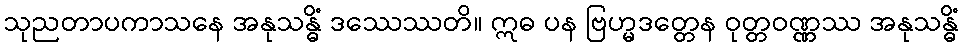
သုညတာပကာသနေ အနုသန္ဓိံ ဒဿေဿတိ။ ဣဓ ပန ဗြဟ္မဒတ္တေန ဝုတ္တဝဏ္ဏဿ အနုသန္ဓိံ